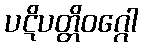
ပဋိပတ္တိဝဂ္ဂေါ